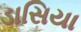
ડાસિયા